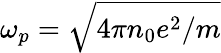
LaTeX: \omega_{p}=\sqrt{4\pi n_{0}e^{2}/m}